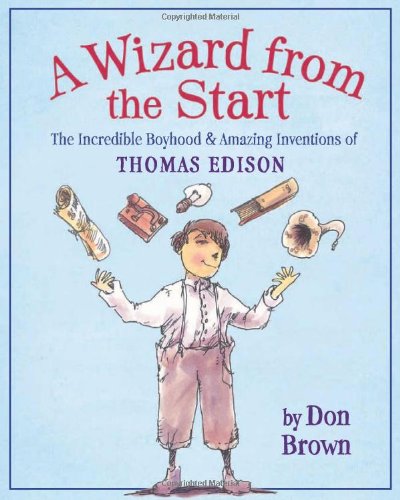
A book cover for A Wizard from the Start: The Incredible Boyhood and Amazing Inventions of Thomas Edison; Don Brown; Children's Books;